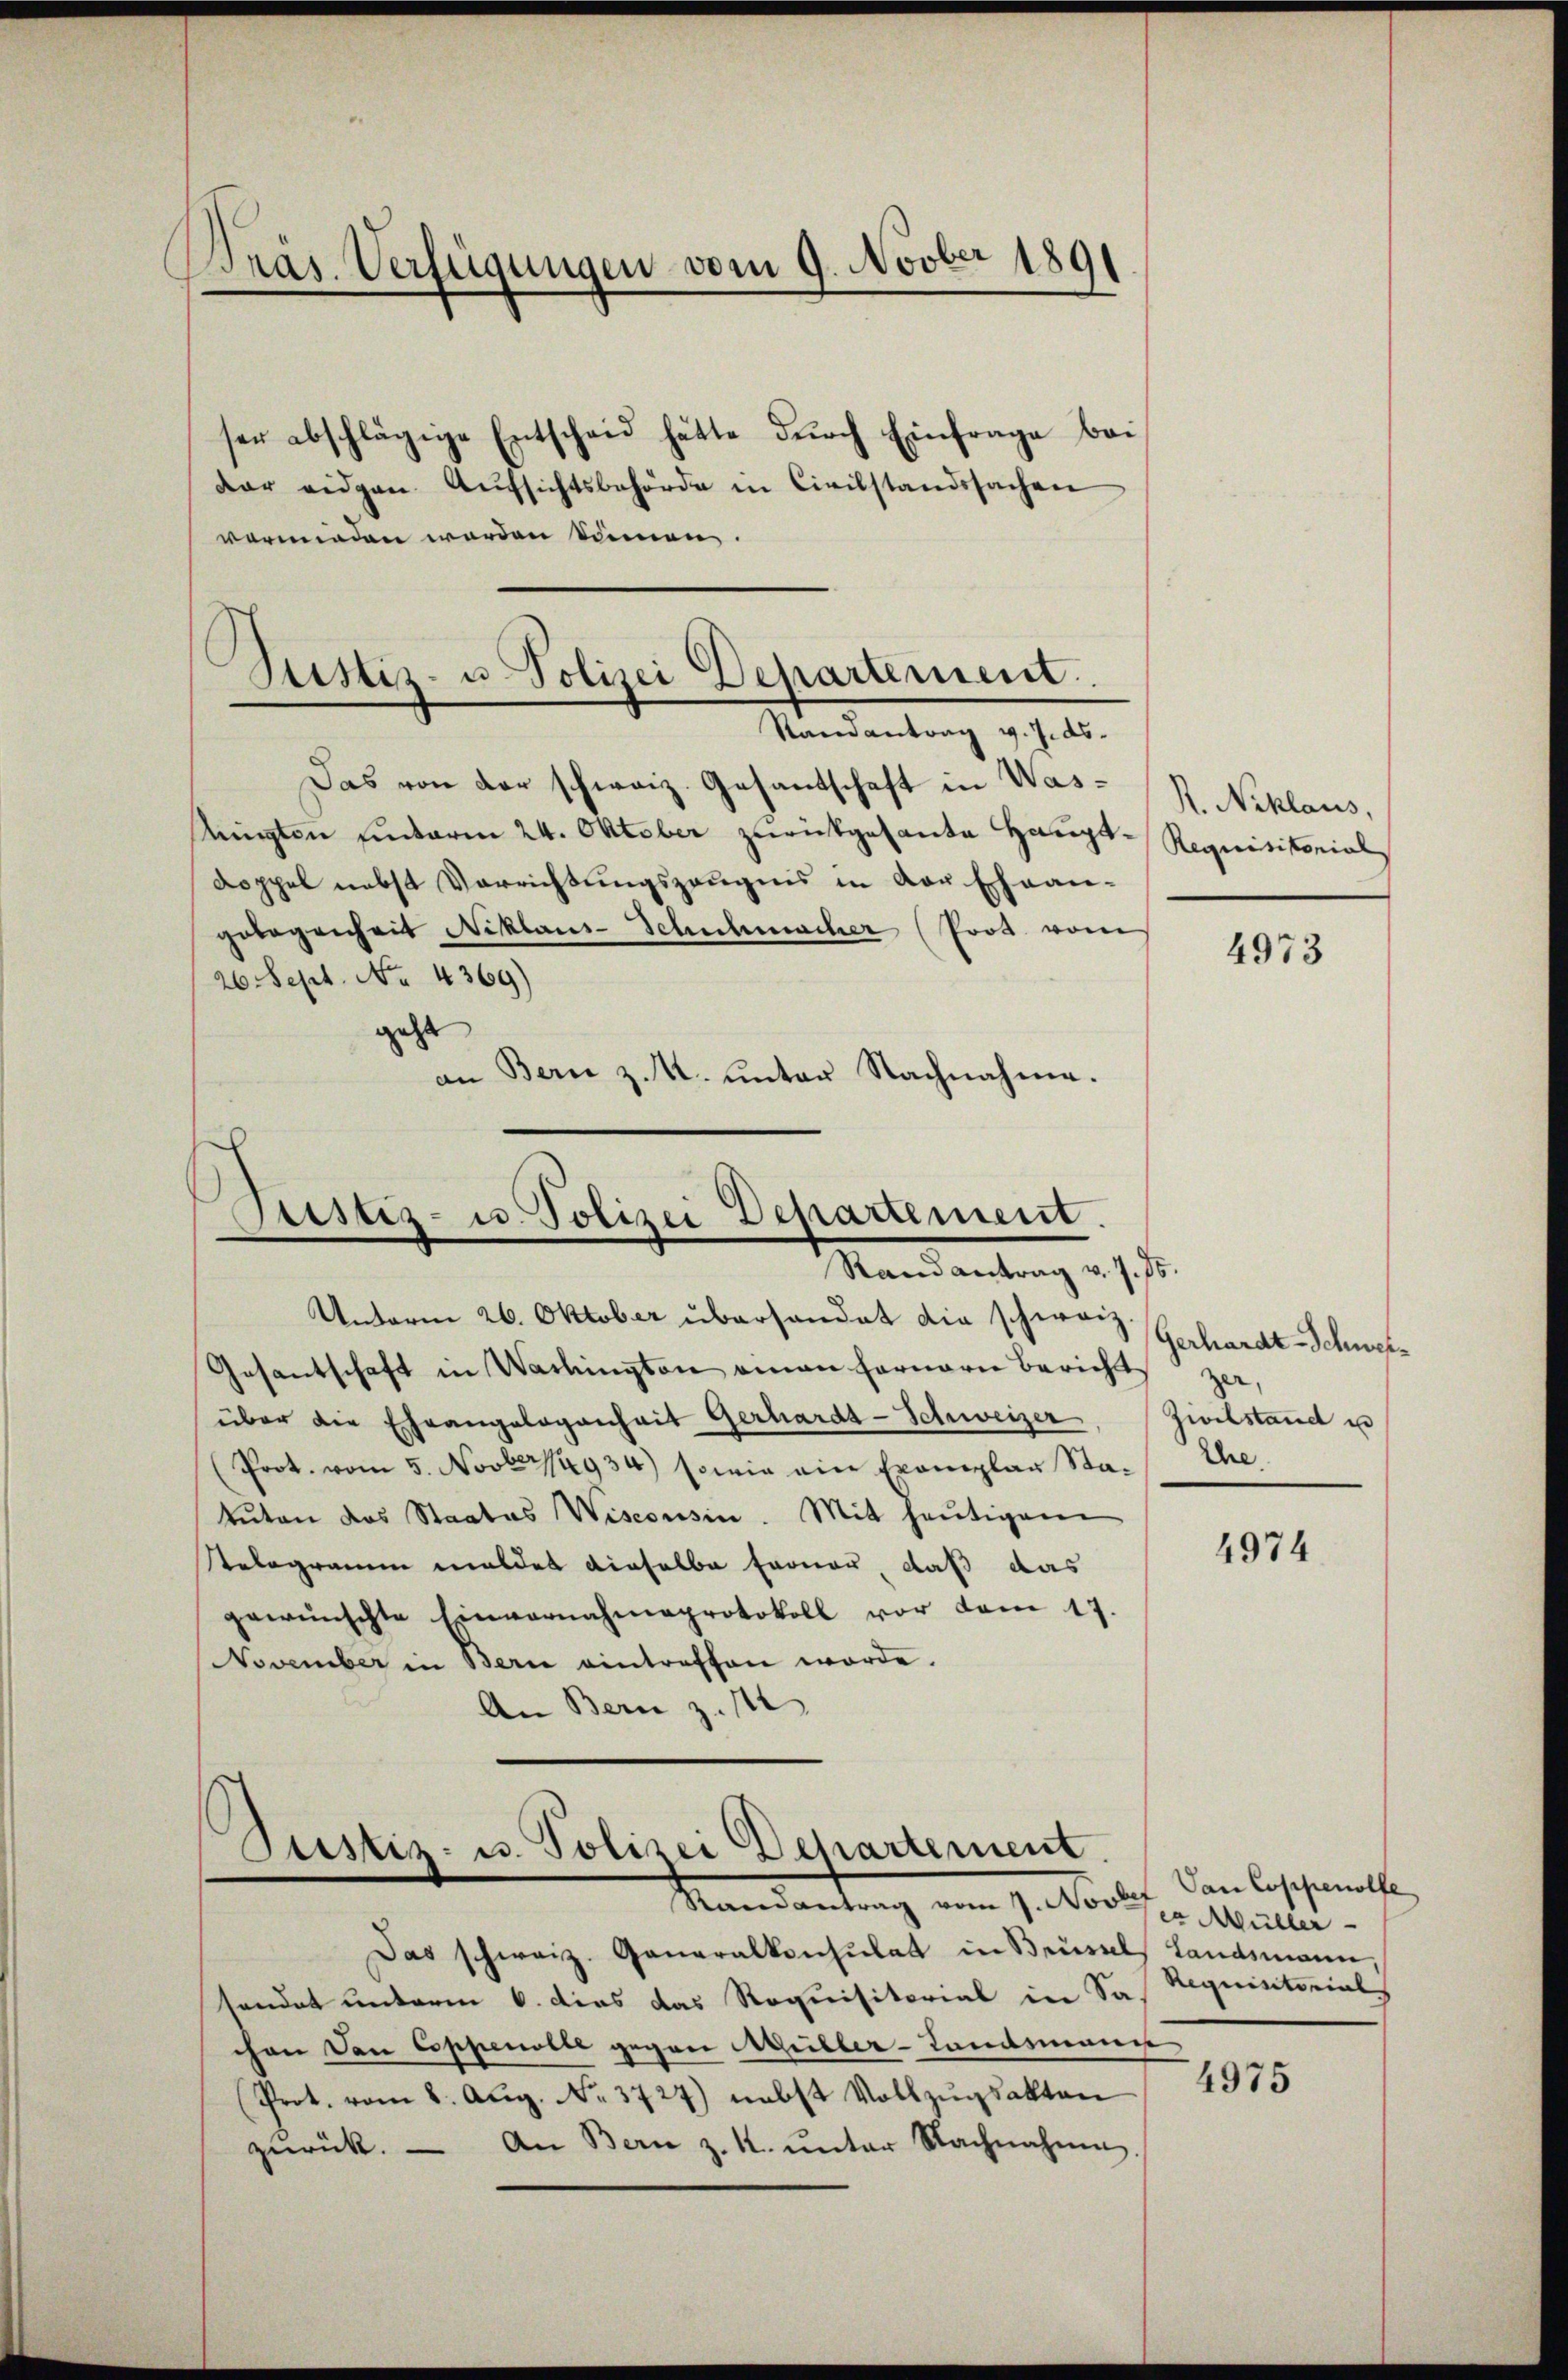
Präs. Verfügungen vom 9. Novber 1891

ser abschlägige Entscheid hätte dŭrch Einfrage bei
dar eidgen. Aŭfsichtsbehörde in Civilstandssachen
verminden werden Sinnen,
Das von der schweiz. Gesantschaft in Waslügten Einterm 24. Oktober zurückgesante Haupt-Requisitorial
Doppel nebst Verrichtungszeugnis in der Ehean-
gebogenheit Niklaus-Schuhmacher (Prot. vom
26 Sept. No. 4369)
geht
an Bern z. U. unter Nachnahme.

Justiz- u. Polizei Departement.
Randantrag v. J. ds.

Tristiz- u. Polizei Departement.
Mandantrag u. s.

Justiz- u. Polizei Departement.
Mandantung von zu Vorles

Das schweiz. Generalkonsulat in Brüssel, Landsmann
sendet unterm 6. dies das Requisitorial in Sas Requistorials
chen Don Coppenolle gegen Aller-Landsmann
Prot. vom 8. Aŭg. No. 3727) nebst Vollzŭgsakten
zŭrück. - An Bern z. K. ŭnter Nachnahme

R. Niklaus,

Unterm 26. Oktober überhandet die schweiz
Gesantschaft in Washington einen ferneren Bericht
über die Eheangelegenheit Gerhardt-Schweizer, Zivilstand un
(Prot. vom 5. Novber 1934) sowie ein Exemplar Sta- Ehe
tuten das Staates Wisconsin. Mit heutigem
Telegramm meldet dieselbe Ferner, daß das
gewünschte Einvernahmeprotokoll vor dem 17.
November in Bern eintreffen worde.
An Bern z. 112

4973

Gerhardt-Schwei¬
,

4974

Dan Coppenolle
ex Müller

4975